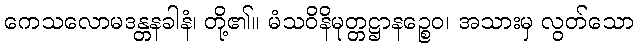
ကေသလောမဒန္တနခါနံ၊ တို့၏။ မံသဝိနိမုတ္တဋ္ဌာနဉ္စေဝ၊ အသားမှ လွတ်သော